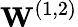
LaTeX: \mathbf{W}^{(1,2)}